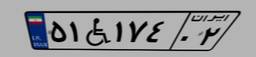
۵۱W۱۷۴۰۲